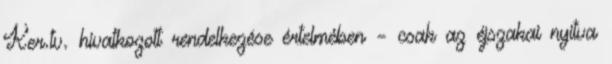
Ker.tv. hivatkozott rendelkezése értelmében – csak az éjszakai nyitva